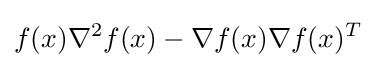
f(x)\nabla ^{2}f(x)-\nabla f(x)\nabla f(x)^{T}